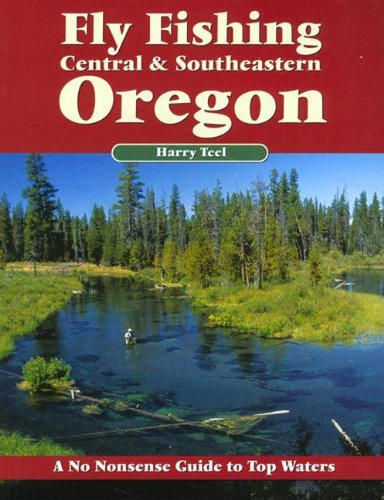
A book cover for Fly Fishing Central & Southeastern Oregon: A No Nonsense Guide to Top Waters (No Nonsense Fly Fishing Guides); Harry Teel; Travel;